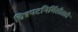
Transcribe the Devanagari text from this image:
चित्रपटनिर्मितीतही